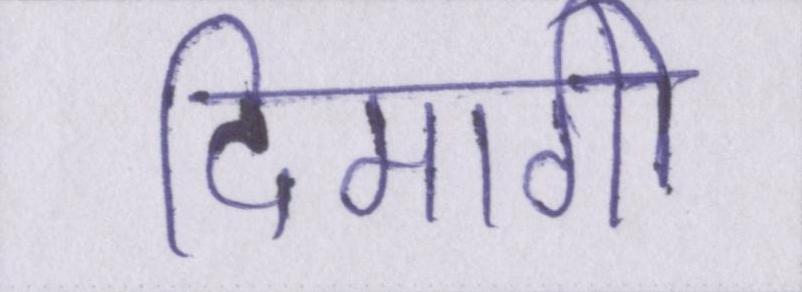
दिमागी